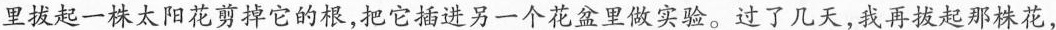
里拔起一株太阳花剪掉它的根，把它插进另一个花盆里做实验。过了几天，我再拔起那株花，